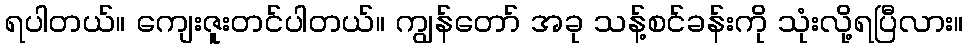
ရပါတယ်။ ကျေးဇူးတင်ပါတယ်။ ကျွန်တော် အခု သန့်စင်ခန်းကို သုံးလို့ရပြီလား။